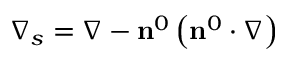
\nabla _ { s } = \nabla - { \bf n } ^ { 0 } \left( { \bf n } ^ { 0 } \cdot \nabla \right)